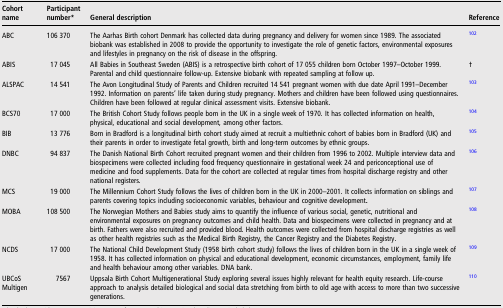
<table><thead><tr><td><b>Cohort name</b></td><td><b>Participant number*</b></td><td><b>General description</b></td><td><b>Reference</b></td></tr></thead><tbody><tr><td>ABC</td><td>106 370</td><td>The Aarhas Birth cohort Denmark has collected data during pregnancy and delivery for women since 1989. The associated biobank was established in 2008 to provide the opportunity to investigate the role of genetic factors, environmental exposures and lifestyles in pregnancy on the risk of disease in the offspring.</td><td>102</td></tr><tr><td>ABIS</td><td>17 045</td><td>All Babies in Southeast Sweden (ABIS) is a retrospective birth cohort of 17 055 children born October 1997–October 1999. Parental and child questionnaire follow-up. Extensive biobank with repeated sampling at follow up.</td><td>†</td></tr><tr><td>ALSPAC</td><td>14 541</td><td>The Avon Longitudinal Study of Parents and Children recruited 14 541 pregnant women with due date April 1991–December 1992. Information on parents’ life taken during study pregnancy. Mothers and children have been followed using questionnaires. Children have been followed at regular clinical assessment visits. Extensive biobank.</td><td>103</td></tr><tr><td>BCS70</td><td>17 000</td><td>The British Cohort Study follows people born in the UK in a single week of 1970. It has collected information on health, physical, educational and social development, among other factors.</td><td>104</td></tr><tr><td>BIB</td><td>13 776</td><td>Born in Bradford is a longitudinal birth cohort study aimed at recruit a multiethnic cohort of babies born in Bradford (UK) and their parents in order to investigate fetal growth, birth and long-term outcomes by ethnic groups.</td><td>105</td></tr><tr><td>DNBC</td><td>94 837</td><td>The Danish National Birth Cohort recruited pregnant women and their children from 1996 to 2002. Multiple interview data and biospecimens were collected including food frequency questionnaire in gestational week 24 and periconceptional use of medicine and food supplements. Data for the cohort are collected at regular times from hospital discharge registry and other national registers.</td><td>106</td></tr><tr><td>MCS</td><td>19 000</td><td>The Millennium Cohort Study follows the lives of children born in the UK in 2000–2001. It collects information on siblings and parents covering topics including socioeconomic variables, behaviour and cognitive development<b>.</b></td><td>107</td></tr><tr><td>MOBA</td><td>108 500</td><td>The Norwegian Mothers and Babies study aims to quantify the influence of various social, genetic, nutritional and environmental exposures on pregnancy outcomes and child health. Data and biospecimens were collected in pregnancy and at birth. Fathers were also recruited and provided blood. Health outcomes were collected from hospital discharge registries as well as other health registries such as the Medical Birth Registry, the Cancer Registry and the Diabetes Registry.</td><td>108</td></tr><tr><td>NCDS</td><td>17 000</td><td>The National Child Development Study (1958 birth cohort study) follows the lives of children born in the UK in a single week of 1958. It has collected information on physical and educational development, economic circumstances, employment, family life and health behaviour among other variables. DNA bank.</td><td>109</td></tr><tr><td>UBCoS Multigen</td><td>7567</td><td>Uppsala Birth Cohort Multigenerational Study exploring several issues highly relevant for health equity research. Life-course approach to analysis detailed biological and social data stretching from birth to old age with access to more than two successive generations.</td><td>110</td></tr></tbody></table>